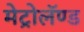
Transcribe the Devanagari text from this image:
मेट्रोलॅण्ड